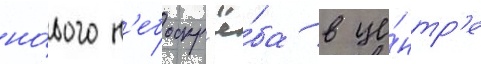
но́вого н'ебоскр'ё́ба в це́нтр'е